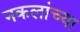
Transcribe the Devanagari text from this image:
नकलांच्या